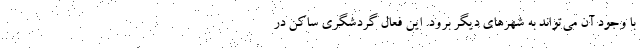
با وجود آن می‌تواند به شهرهای دیگر برود. این فعال گردشگری ساکن در